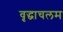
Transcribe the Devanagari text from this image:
वृद्धाचलम